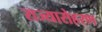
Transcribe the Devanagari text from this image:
राज्यारोहरण